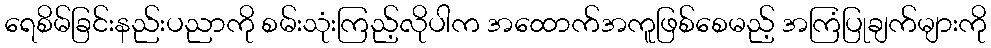
ရေစိမ်ခြင်းနည်းပညာကို စမ်းသုံးကြည့်လိုပါက အထောက်အကူဖြစ်စေမည့် အကြံပြုချက်များကို